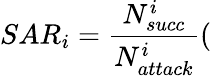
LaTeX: SAR_{i}=\frac{N_{succ}^{i}}{N_{attack}^{i}}(\